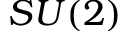
S U ( 2 )